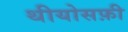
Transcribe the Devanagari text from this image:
थीयोसफ़ी